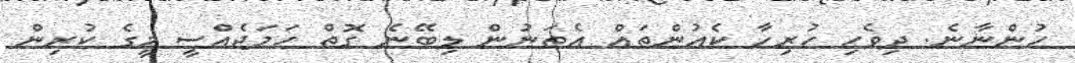
ހުންނާނެ. ދިވެހި ހުރިހާ ކެއުންތައް އެތަނުން ލިބޭނެ ގޮތް ހަމަޖެއްސީ މީގެ ކުރިން